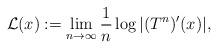
LaTeX: \begin{align*}\mathcal{L}(x):= \lim\limits_{n \to \infty}\frac{1}{n}\log |(T^n)^{\prime}(x)|,\end{align*}